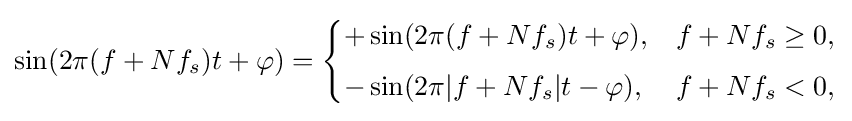
\sin(2\pi (f+Nf_{s})t+\varphi )={\begin{cases}+\sin(2\pi (f+Nf_{s})t+\varphi ),&f+Nf_{s}\geq 0,\\[4pt]-\sin(2\pi |f+Nf_{s}|t-\varphi ),&f+Nf_{s}<0,\end{cases}}